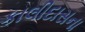
કાલીદાસના